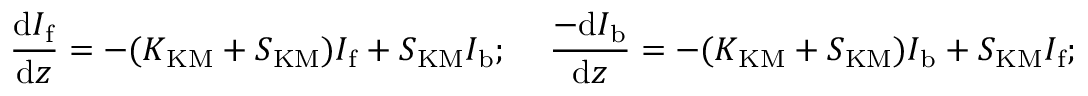
\frac { \mathrm { d } I _ { \mathrm { f } } } { \mathrm { d } z } = - ( K _ { \mathrm { K M } } + S _ { \mathrm { K M } } ) I _ { \mathrm { f } } + S _ { \mathrm { K M } } I _ { \mathrm { b } } ; \, \, \, \, \, \, \, \frac { - \mathrm { d } I _ { \mathrm { b } } } { \mathrm { d } z } = - ( K _ { \mathrm { K M } } + S _ { \mathrm { K M } } ) I _ { \mathrm { b } } + S _ { \mathrm { K M } } I _ { \mathrm { f } } ;